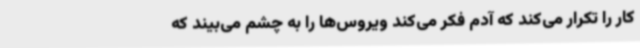
کار را تکرار می‌کند که آدم فکر می‌کند ویروس‌ها را به چشم می‌بیند که